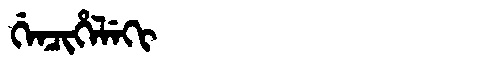
Manchu: ᡤᡝᠨᠴᡳᡥᡝᠯᡝᡴᡳ
Romanization: GENCIHELEKI